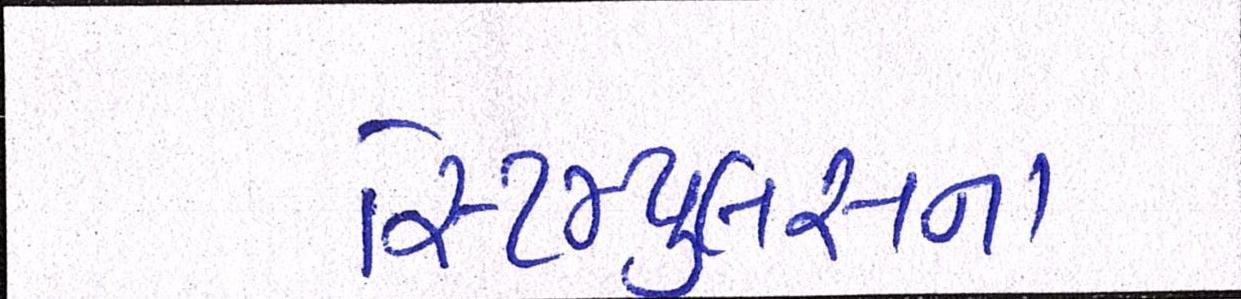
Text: સ્ટિમ્યુલસના